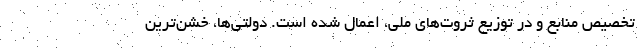
تخصیص منابع و در توزیع ثروت‌های ملی، اعمال شده است. دولتی‌ها، خشن‌ترین